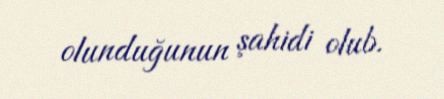
olunduğunun şahidi olub.